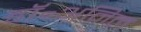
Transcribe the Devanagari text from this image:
डॉ॰अनिल